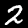
Digit: 2